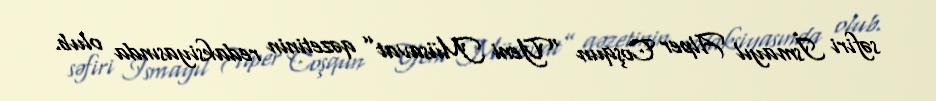
səfiri İsmayıl Alper Coşqun “Yeni Müsavat” qəzetinin redaksiyasında olub.